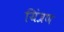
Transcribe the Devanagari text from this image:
यिंत्रण